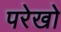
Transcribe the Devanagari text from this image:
परेखो